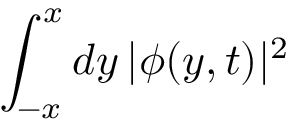
\int _ { - x } ^ { x } d y \, | \phi ( y , t ) | ^ { 2 }